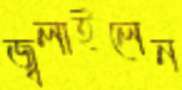
জ্বলাইলেন